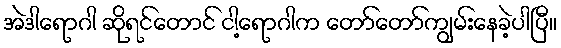
အဲဒါရောဂါ ဆိုရင်တောင် ငါ့ရောဂါက တော်တော်ကျွမ်းနေခဲ့ပါပြီ။